On the standardisation of anti-typhoid vaccine - Number 21
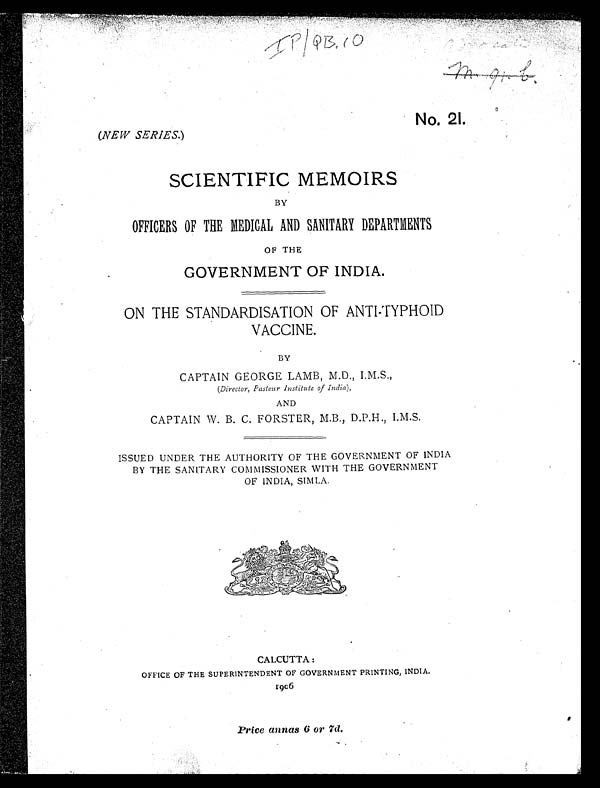
IP/QB, 10
No. 21.
( NEW SERIES. )
SCIENTIFIC MEMOIRS
BY
OFFICERS OF THE MEDICAL AND SANITARY DEPARTMENTS
OF THE
GOVERNMENT OF INDIA.
ON THE STANDARDISATION OF ANTI-TYPHOID
VACCINE.
BY
CAPTAIN GEORGE LAMB, M.D., I.M.S.,
(Director, Pasteur Institute of India ),
AND
CAPTAIN W. B. C. FORSTER, M.B., D.P.H., I.M.S.
ISSUED UNDER THE AUTHORITY OF THE GOVERNMENT OF INDIA
BY THE SANITARY COMMISSIONER WITH THE GOVERNMENT
OF INDIA, SIMLA.
CALCUTTA :
OFFICE OF THE SUPERINTENDENT OF GOVERNMENT PRINTING, INDIA.
1906
Price annas 6 or 7d.